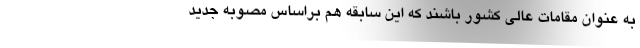
به عنوان مقامات عالی کشور باشند که این سابقه هم براساس مصوبه جدید